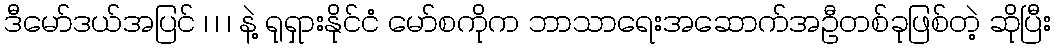
ဒီမော်ဒယ်အပြင် ၊ ၊ ၊ နဲ့ ရုရှားနိုင်ငံ မော်စကိုက ဘာသာရေးအဆောက်အဦတစ်ခုဖြစ်တဲ့ ဆိုပြီး